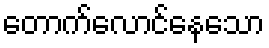
တောက်လောင်နေသော